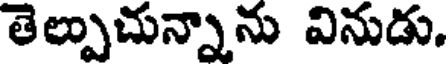
తెల్పుచున్నాను వినుడు.